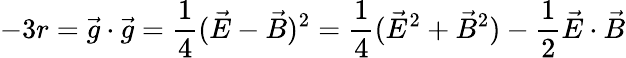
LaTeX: -3r=\vec{g}\cdot\vec{g}=\frac{1}{4}(\vec{E}-\vec{B})^{2}=\frac{1}{4}(\vec{E}^{2}+\vec{B}^{2})-\frac{1}{2}\vec{E}\cdot\vec{B}